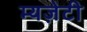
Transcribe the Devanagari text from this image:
म्यज़ेटी